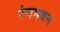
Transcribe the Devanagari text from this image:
रंगभवन